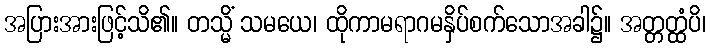
အပြားအားဖြင့်သိ၏။ တသ္မိံ သမယေ၊ ထိုကာမရာဂမနှိပ်စက်သောအခါ၌။ အတ္တတ္ထံပိ၊